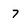
Character: 7